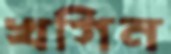
খগিন